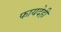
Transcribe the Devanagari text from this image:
फायदेही